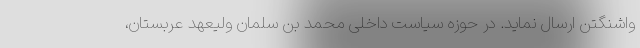
واشنگتن ارسال نماید. در حوزه سیاست داخلی محمد بن سلمان ولیعهد عربستان،